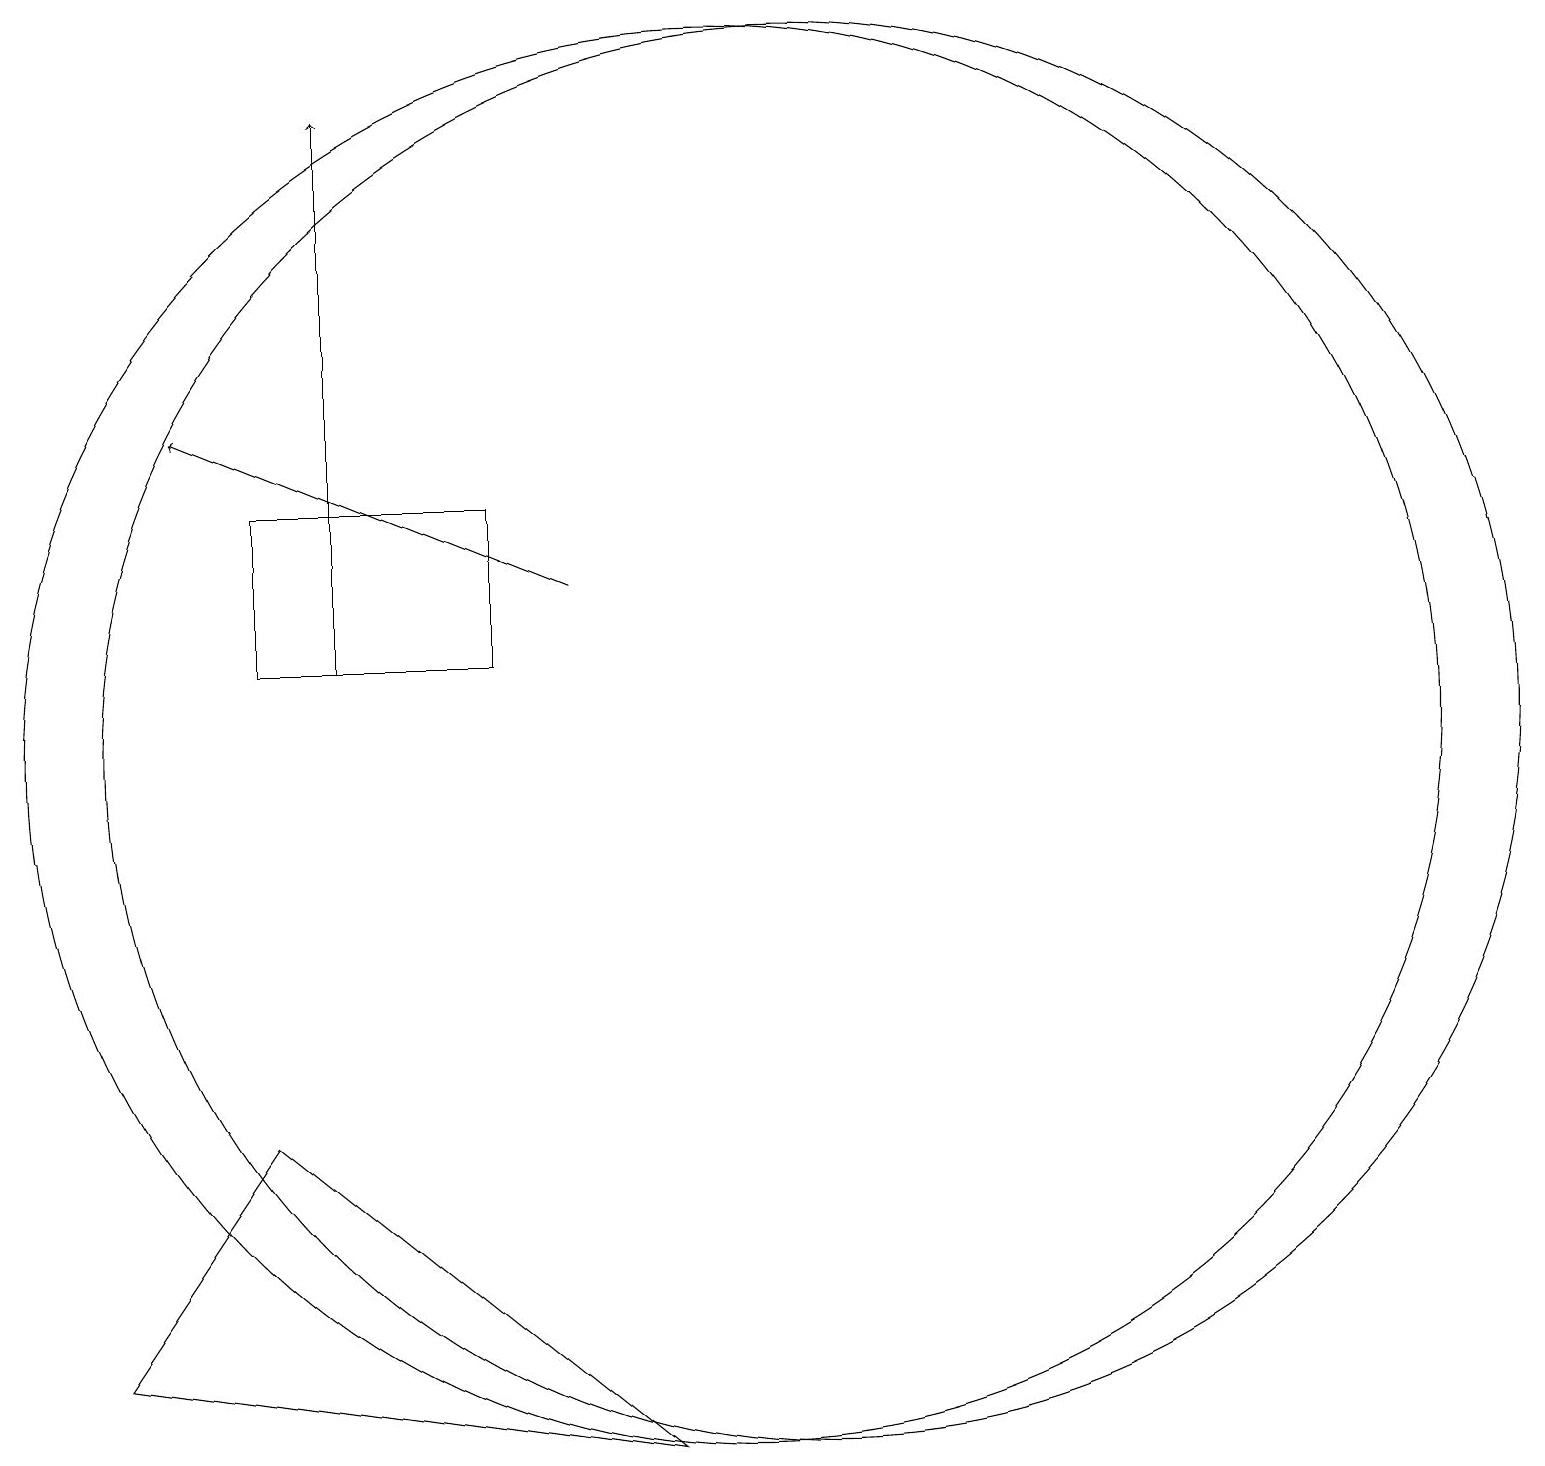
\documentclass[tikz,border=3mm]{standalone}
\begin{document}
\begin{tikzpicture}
\draw (11,10) circle (9);
\draw (10,10) circle (9);
\draw (7,11) rectangle (4,13);
\draw (2,2) -- (4,5) -- (9,1) -- cycle;
\draw[->] (8,12) -- (3,14);
\draw[->] (5,11) -- (5,18);
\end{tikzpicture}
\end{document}